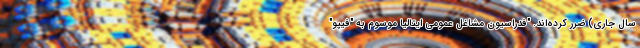
سال جاری) ضرر کرده‌اند. "فدراسیون مشاغل عمومی ایتالیا موسوم به "فیپو"